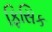
ફિસિક